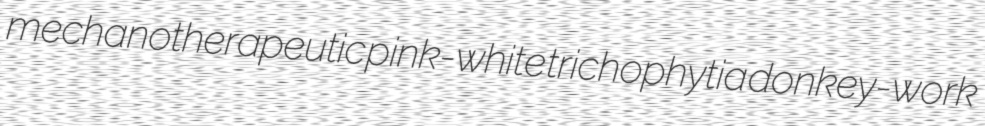
mechanotherapeutic pink-white trichophytia donkey-work